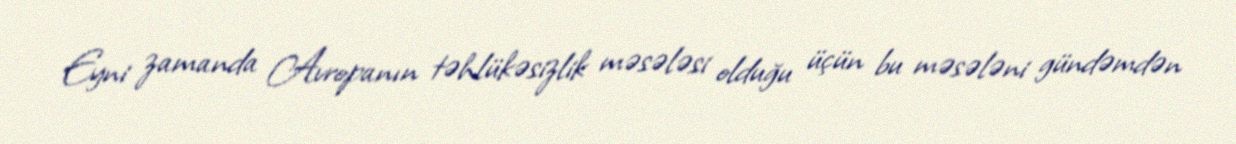
Eyni zamanda Avropanın təhlükəsizlik məsələsi olduğu üçün bu məsələni gündəmdən